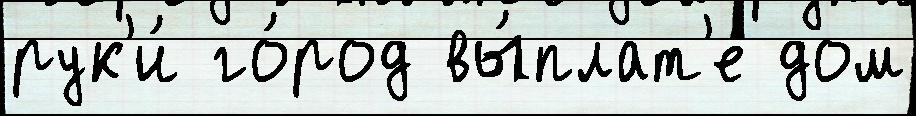
рук'и́ го́род вы́плат'е дом